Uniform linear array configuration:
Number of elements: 24
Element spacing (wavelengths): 0.5
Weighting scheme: kaiser
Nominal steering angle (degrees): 15
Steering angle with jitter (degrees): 16.902
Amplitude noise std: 0.05
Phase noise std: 0.05

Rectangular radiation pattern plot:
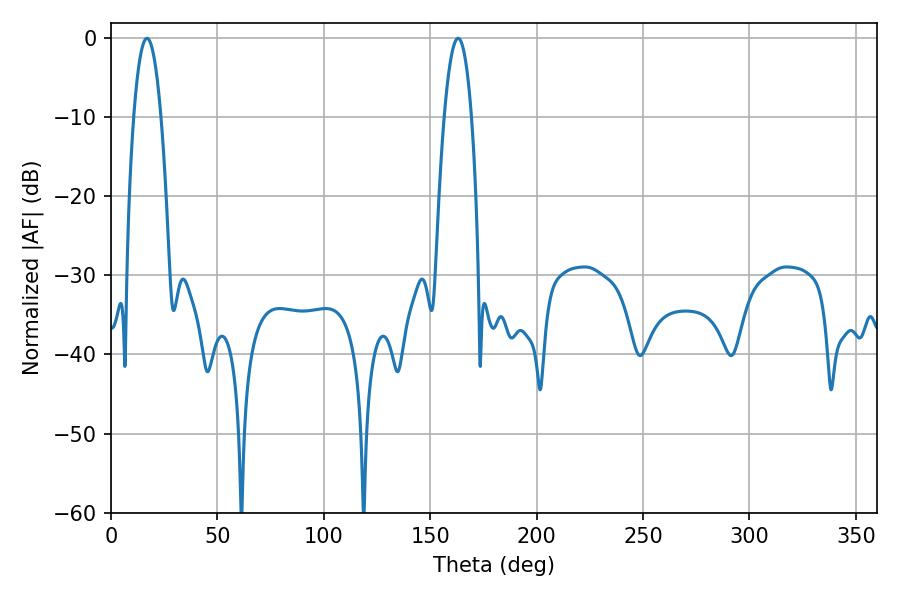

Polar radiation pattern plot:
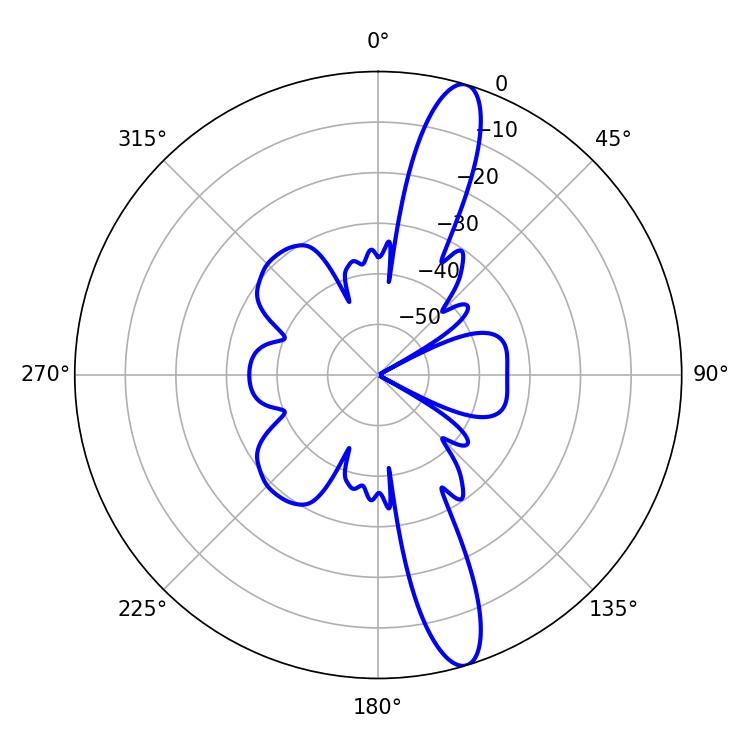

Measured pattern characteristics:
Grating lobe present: FALSE
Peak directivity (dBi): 14.144
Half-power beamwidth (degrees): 7.2
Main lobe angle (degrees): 16.92